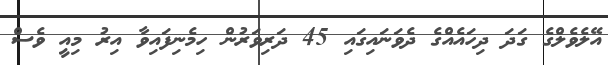
އޭލެވެލްގެ ގަދަ ދިހައެއްގެ ދެވަނައިގައި 45 ދަރިވަރުން ހިމެނިފައިވާ އިރު މިއީ ވެސް